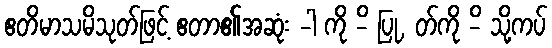
ဧတိမာသမိသုတ်ဖြင့် ဧတာ၏အဆုံး -ါ ကို -ိ ပြု, တ်ကို -ိ သို့ကပ်